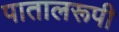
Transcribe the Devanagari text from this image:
पातालरूपी